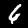
Digit: 6